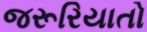
જરૂરિયાતો